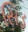
સિડ